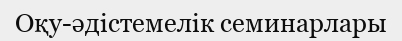
Оқу-әдістемелік семинарлары